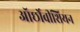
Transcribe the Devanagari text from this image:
ऑर्छोवीशियन